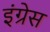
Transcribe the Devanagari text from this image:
इंग्रेस